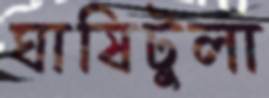
ঘাষিটুলা